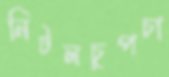
নিটলচুপচা